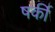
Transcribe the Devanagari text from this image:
षर्की